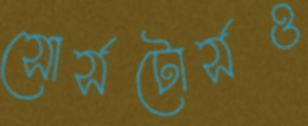
সোর্সটোর্সও